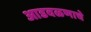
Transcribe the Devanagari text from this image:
आडवळणाचे